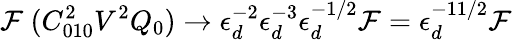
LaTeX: \mathcal{F}\ (C_{010}^{2}V^{2}Q_{0})\rightarrow\epsilon_{d}^{-2}\epsilon_{d}^{-3}\epsilon_{d}^{-1/2}\mathcal{F}=\epsilon_{d}^{-11/2}\mathcal{F}